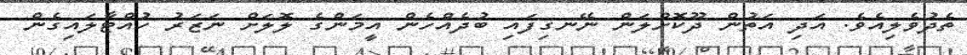
ތެދުވެލިއެވެ. އަދި އަތުން ދޫކޮށްލަން ނޭނގިފައި ބުދެއްހެން އީމަންގެ ލޮލަށް ނަޒަރު ހުއްޓާލައިގެން